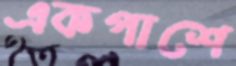
একপাশে